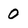
Character: 0